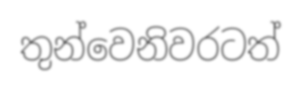
තුන්වෙනිවරටත්